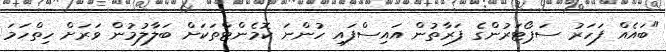
"ބައެއް ފަހަރު ސަޕޯޓަރުންގެ ފަރާތުން އައިސްފައި ހުންނަ ކޮމެންޓްތަކަށް ބަލާލުމުން ވަރަށް ހިތްހަމަ